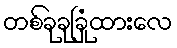
တစ်ခုခုခြုံထားလေ